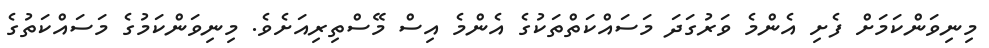
މިނިވަންކަމަށް ފެށި އެންމެ ވަރުގަދަ މަސައްކަތްތަކުގެ އެންމެ އިސް މޭސްތިރިއަށެވެ. މިނިވަންކަމުގެ މަސައްކަތުގެ